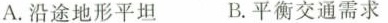
A.沿途地形平坦 B.平衡交通需求